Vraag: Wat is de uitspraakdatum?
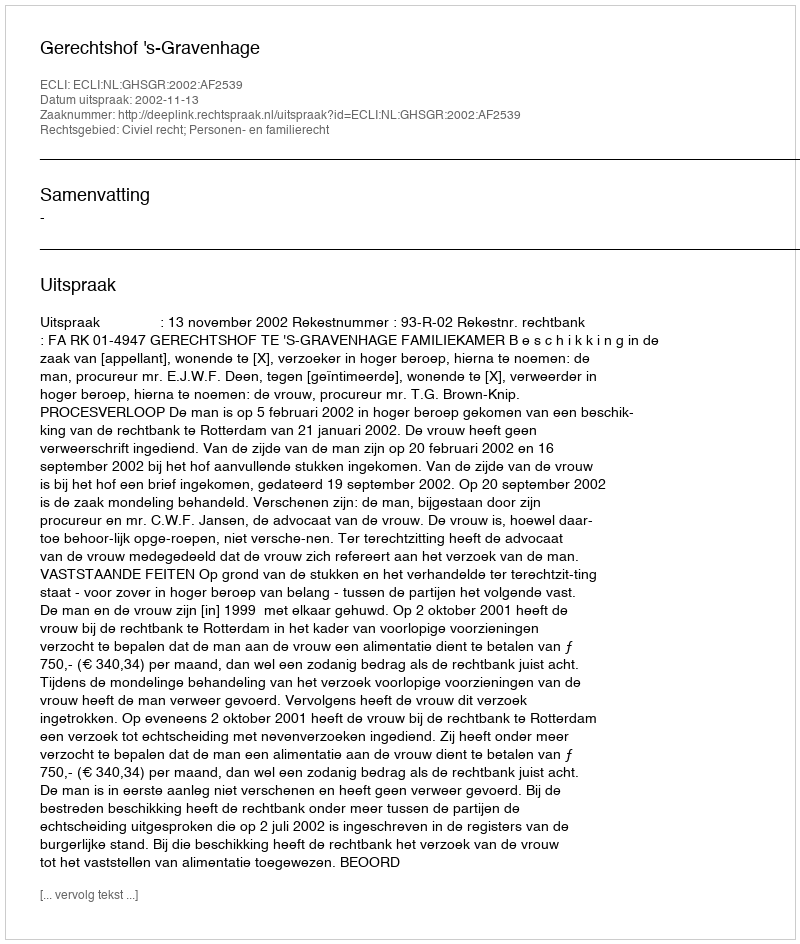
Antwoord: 2002-11-13